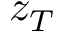
z _ { T }